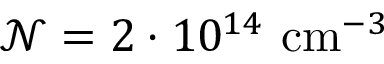
\mathcal { N } = 2 \cdot 1 0 ^ { 1 4 } \mathrm { ~ c m } ^ { - 3 }